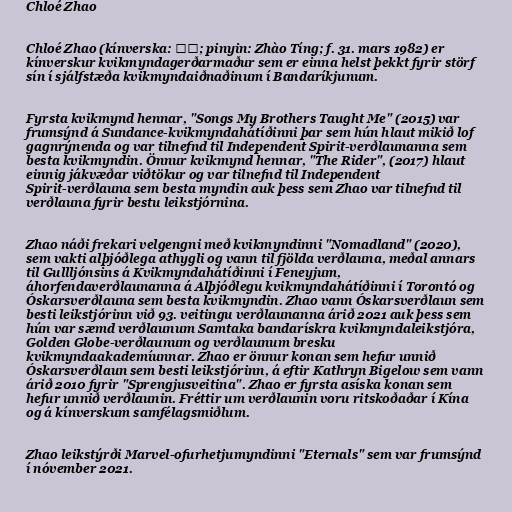
Chloé Zhao

Chloé Zhao (kínverska: 赵婷; pinyin: Zhào Tíng; f. 31. mars 1982) er
kínverskur kvikmyndagerðarmaður sem er einna helst þekkt fyrir störf
sín í sjálfstæða kvikmyndaiðnaðinum í Bandaríkjunum.

Fyrsta kvikmynd hennar, "Songs My Brothers Taught Me" (2015) var
frumsýnd á Sundance-kvikmyndahátíðinni þar sem hún hlaut mikið lof
gagnrýnenda og var tilnefnd til Independent Spirit-verðlaunanna sem
besta kvikmyndin. Önnur kvikmynd hennar, "The Rider", (2017) hlaut
einnig jákvæðar viðtökur og var tilnefnd til Independent
Spirit-verðlauna sem besta myndin auk þess sem Zhao var tilnefnd til
verðlauna fyrir bestu leikstjórnina.

Zhao náði frekari velgengni með kvikmyndinni "Nomadland" (2020),
sem vakti alþjóðlega athygli og vann til fjölda verðlauna, meðal annars
til Gullljónsins á Kvikmyndahátíðinni í Feneyjum,
áhorfendaverðlaunanna á Alþjóðlegu kvikmyndahátíðinni í Torontó og
Óskarsverðlauna sem besta kvikmyndin. Zhao vann Óskarsverðlaun sem
besti leikstjórinn við 93. veitingu verðlaunanna árið 2021 auk þess sem
hún var sæmd verðlaunum Samtaka bandarískra kvikmyndaleikstjóra,
Golden Globe-verðlaunum og verðlaunum bresku
kvikmyndaakademíunnar. Zhao er önnur konan sem hefur unnið
Óskarsverðlaun sem besti leikstjórinn, á eftir Kathryn Bigelow sem vann
árið 2010 fyrir "Sprengjusveitina". Zhao er fyrsta asíska konan sem
hefur unnið verðlaunin. Fréttir um verðlaunin voru ritskoðaðar í Kína
og á kínverskum samfélagsmiðlum.

Zhao leikstýrði Marvel-ofurhetjumyndinni "Eternals" sem var frumsýnd
í nóvember 2021.